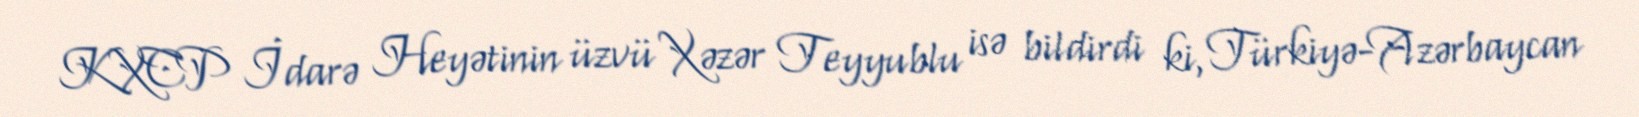
KXCP İdarə Heyətinin üzvü Xəzər Teyyublu isə bildirdi ki, Türkiyə-Azərbaycan